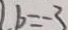
b = - 3